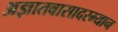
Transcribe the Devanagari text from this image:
अज्ञातवासादरम्यान